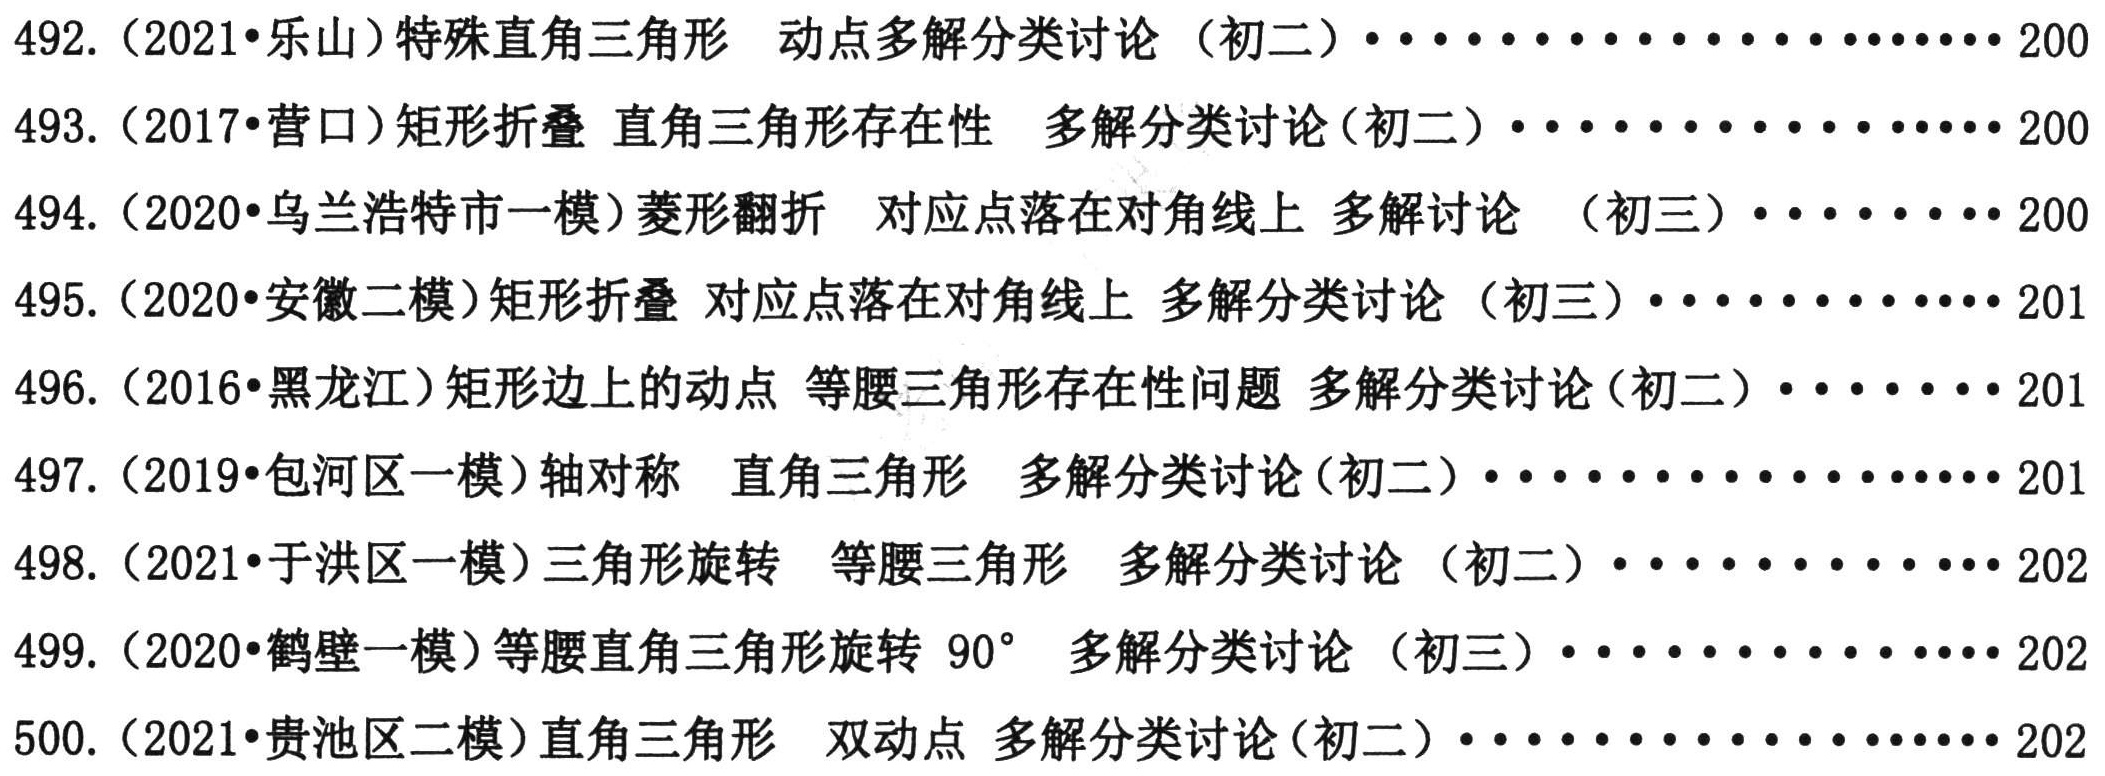
492. （2021•乐山）特殊直角三角形 动点多解分类讨论（初二）···················· 200\\
493. （2017•营口）矩形折叠 直角三角形存在性 多解分类讨论（初二）·················· 200\\
494. （2020•乌兰浩特市一模）菱形翻折 对应点落在对角线上 多解讨论 （初三）······ 200\\
495. （2020•安徽二模）矩形折叠 对应点落在对角线上 多解分类讨论（初三）············ 201\\
496. （2016•黑龙江）矩形边上的动点 等腰三角形存在性问题 多解分类讨论（初二）······ 201\\
497. （2019•包河区一模）轴对称 直角三角形 多解分类讨论（初二）·················· 201\\
498. （2021•于洪区一模）三角形旋转 等腰三角形 多解分类讨论（初二）·············· 202\\
499. （2020•鹤壁一模）等腰直角三角形旋转 \(90^{\circ}\) 多解分类讨论（初三）············ 202\\
500. （2021•贵池区二模）直角三角形 双动点 多解分类讨论（初二）·················· 202\\